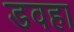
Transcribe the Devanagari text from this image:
डवहा